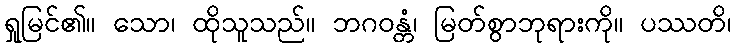
ရှုမြင်၏။ သော၊ ထိုသူသည်။ ဘဂဝန္တံ၊ မြတ်စွာဘုရားကို။ ပဿတိ၊